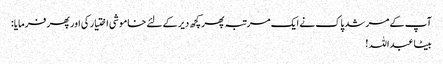
آپ کے مرشد پاک نے ایک مرتبہ پھر کچھ دیر کے لئے خاموشی اختیار کی اور پھر فرمایا:
بیٹا عبداللہ !